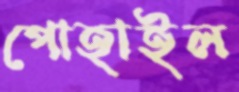
পোহাইল